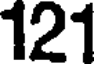
121